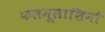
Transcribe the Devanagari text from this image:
फलमूलाशिनौ